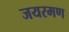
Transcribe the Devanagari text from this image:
जयरमण